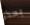
بحذر